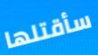
سأقتلها